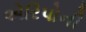
એરિપોની